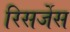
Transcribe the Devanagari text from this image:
रिसर्जेस